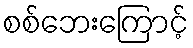
စစ်ဘေးကြောင့်